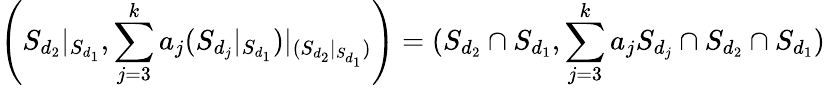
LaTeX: \left({S_{d_{2}}}|_{S_{d_{1}}},\sum_{j=3}^{k}a_{j}{({S_{d_{j}}}|_{S_{d_{1}}})}|_{({S_{d_{2}}}|_{S_{d_{1}}})}\right)=(S_{d_{2}}\cap S_{d_{1}},\sum_{j=3}^{k}a_{j}S_{d_{j}}\cap S_{d_{2}}\cap S_{d_{1}})